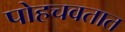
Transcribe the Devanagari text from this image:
पोहचवतात